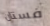
فستان